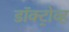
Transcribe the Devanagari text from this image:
डॉक्ट्रोव्ह